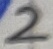
Text: 2